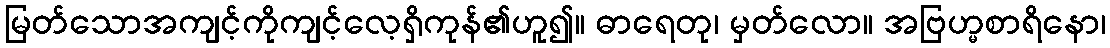
မြတ်သောအကျင့်ကိုကျင့်လေ့ရှိကုန်၏ဟူ၍။ ဓာရေတု၊ မှတ်လော။ အဗြဟ္မစာရိနော၊